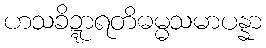
ဟသခိဍ္ဍာရတိဓမ္မသမာပန္နာ